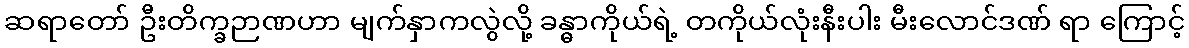
ဆရာတော် ဦးတိက္ခဉာဏဟာ မျက်နှာကလွဲလို့ ခန္ဓာကိုယ်ရဲ့ တကိုယ်လုံးနီးပါး မီးလောင်ဒဏ် ရာ ကြောင့်